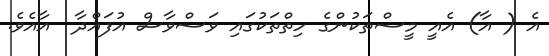
އެ ( އާ) އެއީ މީސްތަކުންގެ ހިތްތަކުގައި ވަސްވާސް އުފައްދާ  އާއެވެ.